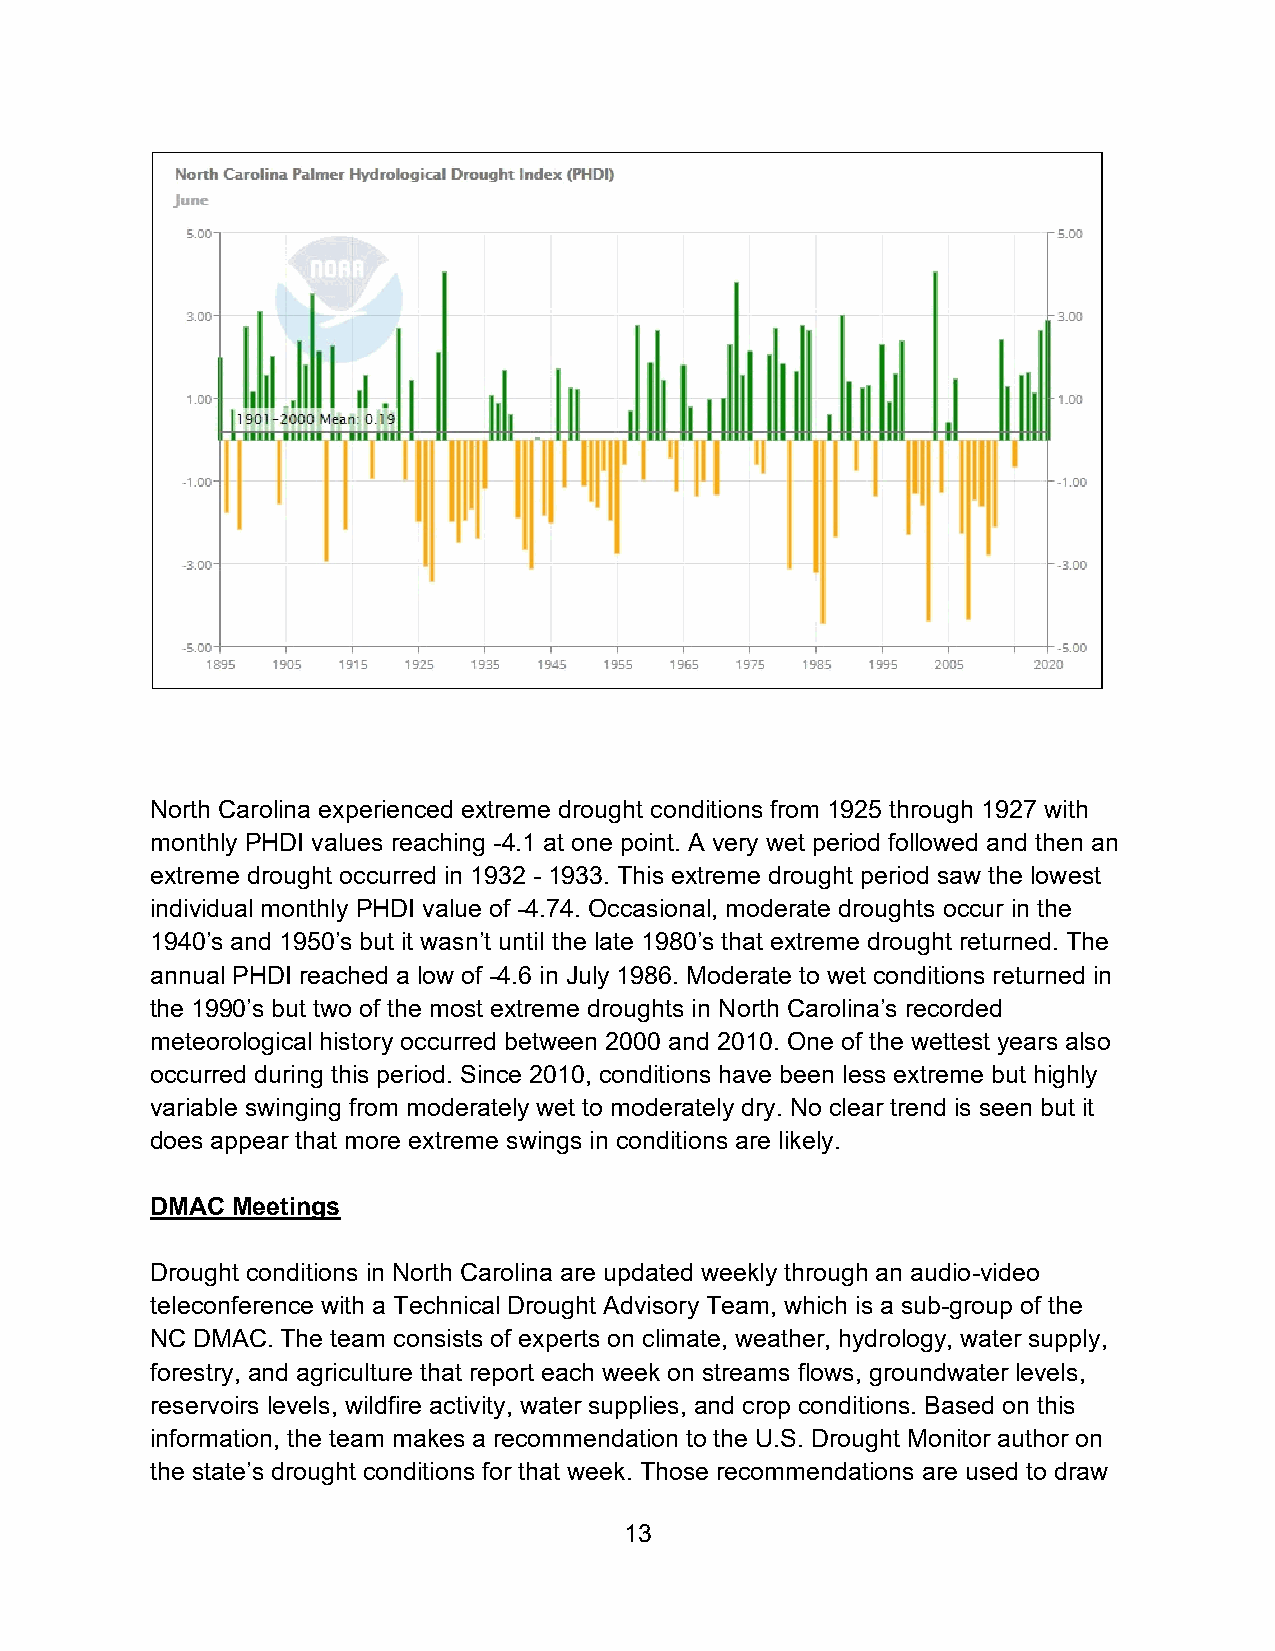
North Carolina experienced extreme drought conditions from 1925 through 1927 with
 monthly PHDI values reaching -4.1 at one point. A very wet period followed and then an
 extreme drought occurred in 1932 - 1933. This extreme drought period saw the lowest
 individual monthly PHDI value of -4.74. Occasional, moderate droughts occur in the
 1940’s and 1950’s but it wasn’t until the late 1980’s that extreme drought returned. The
 annual PHDI reached a low of -4.6 in July 1986. Moderate to wet conditions returned in
 the 1990’s but two of the most extreme droughts in North Carolina’s recorded
 meteorological history occurred between 2000 and 2010. One of the wettest years also
 occurred during this period. Since 2010, conditions have been less extreme but highly
 variable swinging from moderately wet to moderately dry. No clear trend is seen but it
 does appear that more extreme swings in conditions are likely.
 DMAC Meetings
 Drought conditions in North Carolina are updated weekly through an audio-video
 teleconference with a Technical Drought Advisory Team, which is a sub-group of the
 NC DMAC. The team consists of experts on climate, weather, hydrology, water supply,
 forestry, and agriculture that report each week on streams flows, groundwater levels,
 reservoirs levels, wildfire activity, water supplies, and crop conditions. Based on this
 information, the team makes a recommendation to the U.S. Drought Monitor author on
 the state’s drought conditions for that week. Those recommendations are used to draw
 13